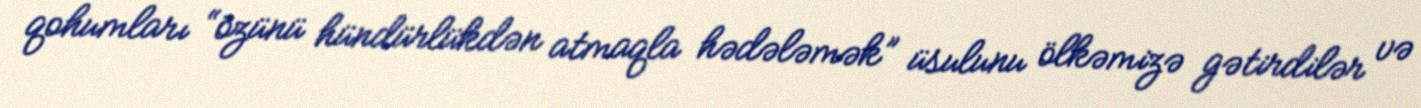
qohumları “özünü hündürlükdən atmaqla hədələmək” üsulunu ölkəmizə gətirdilər və